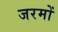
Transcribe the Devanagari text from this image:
जरमों